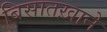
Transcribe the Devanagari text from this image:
बिसातख़ाने